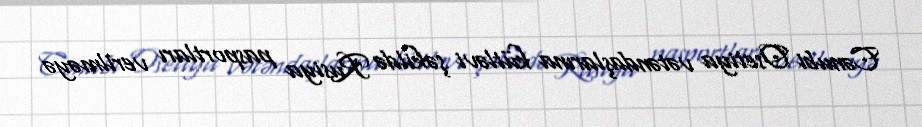
Cənubi Osetiya vətəndaşlarına kütləvi şəkildə Rusiya pasportları verilməyə